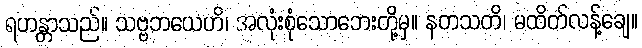
ရဟန္တာသည်။ သဗ္ဗဘယေဟိ၊ အလုံးစုံသောဘေးတို့မှ။ နတသတိ၊ မထိတ်လန့်ချေ။